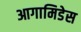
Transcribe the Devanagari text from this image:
आगामिडेस